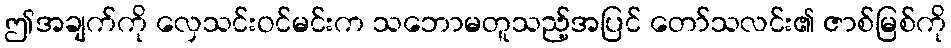
ဤအချက်ကို လှေသင်းဝင်မင်းက သဘောမတူသည့်အပြင် တော်သလင်း၏ ဇာစ်မြစ်ကို